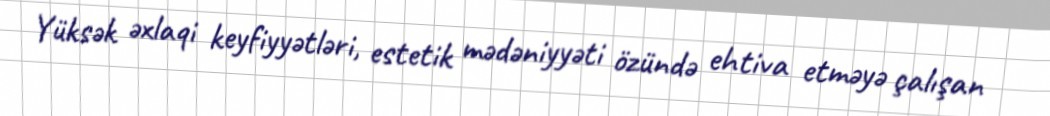
Yüksək əxlaqi keyfiyyətləri, estetik mədəniyyəti özündə ehtiva etməyə çalışan